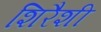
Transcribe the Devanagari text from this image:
शिरैशी